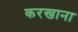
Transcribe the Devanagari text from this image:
करखाना